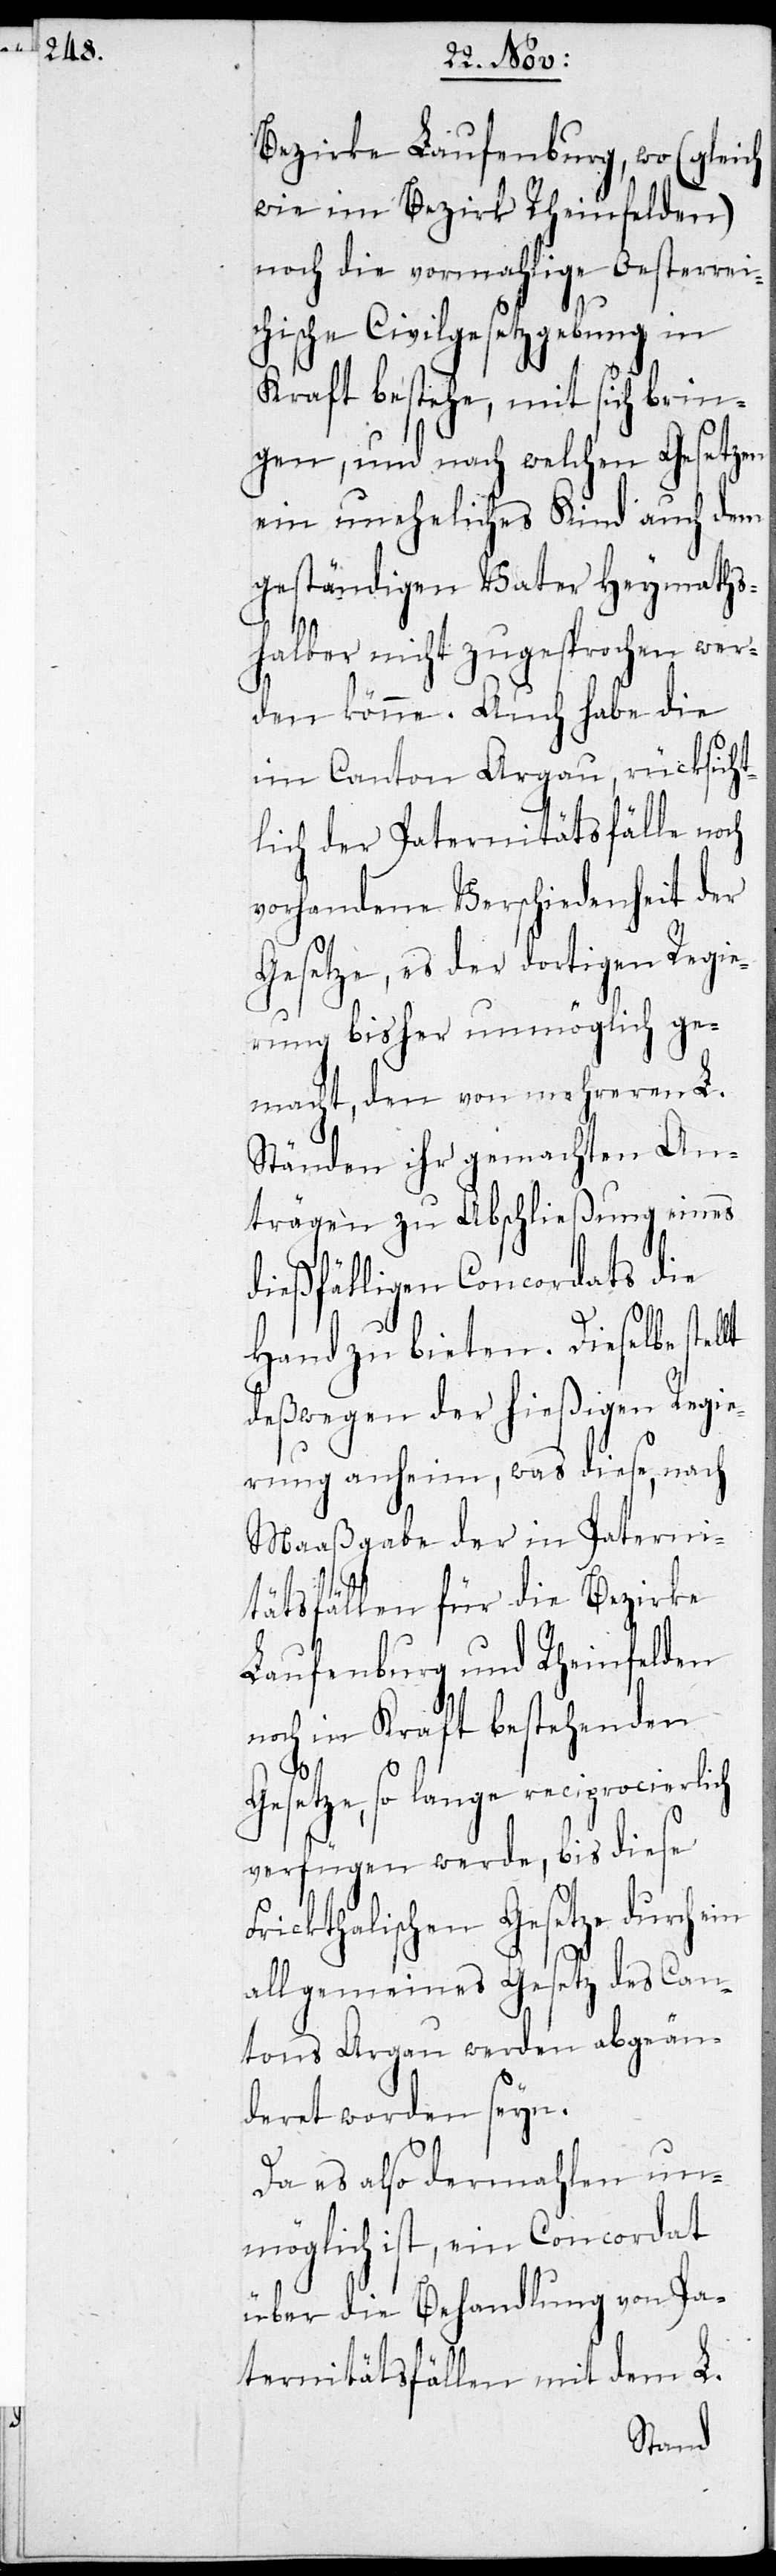
F¬

Bezirke Laufenburg, wo (gleich
wie im Bezirk Rheinfelden)
noch die vormahlige Oesterrei¬
chische Civilgesetzgebung in
Kraft bestehe, mit sich brin¬
gen, und nach welchen Gesetzen
ein uneheliches Kind nach dem
geständigen Vater heymaths¬
halber nicht zugesprochen wer¬
den könne. Auch habe die
im Canton Aargau, rücksicht¬
lich der Paternitätsfälle noch
vorhandene Verschiedenheit der
Gesetze, es der dortigen Regie¬
rung bisher unmöglich ge¬
macht, den von mehreren L.
Ständen gemachten An¬
trägen zu Abschließung eines
dießfälligen Concordats die
Hand zu bieten. Dieselbe stel¬
deswegen der hießigen Regie¬
rung anheim, was diese, nach
Maaßgabe der in Paterni¬
tätsfällen für die Bezirke
Laufenburg und Rheinfelden
noch in Kraft bestehenden
Gesetze, so lange reciprocierlich
verfügen werden, bis diese
rickthalischen Gesetze durch
allgemeines Gesetz des Can¬
tons Aargau werden abgeän¬
deret worden seyn.
Da es also dermahlen un¬
möglich ist, ein Concordat
über die Behandlung von Pa¬
ternitätsfällen mit dem L.